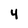
Character: 4